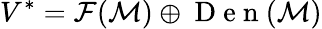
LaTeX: V^{*}=\mathcal{F}(\mathcal{M})\oplus\mathrm{~D~e~n~}(\mathcal{M})